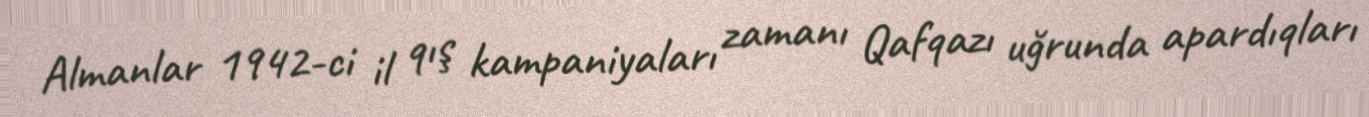
Almanlar 1942-ci il qış kampaniyaları zamanı Qafqazı uğrunda apardıqları